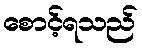
စောင့်ရသည်